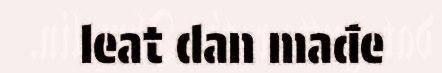
leat dan mađe